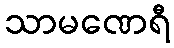
သာမဏေရီ